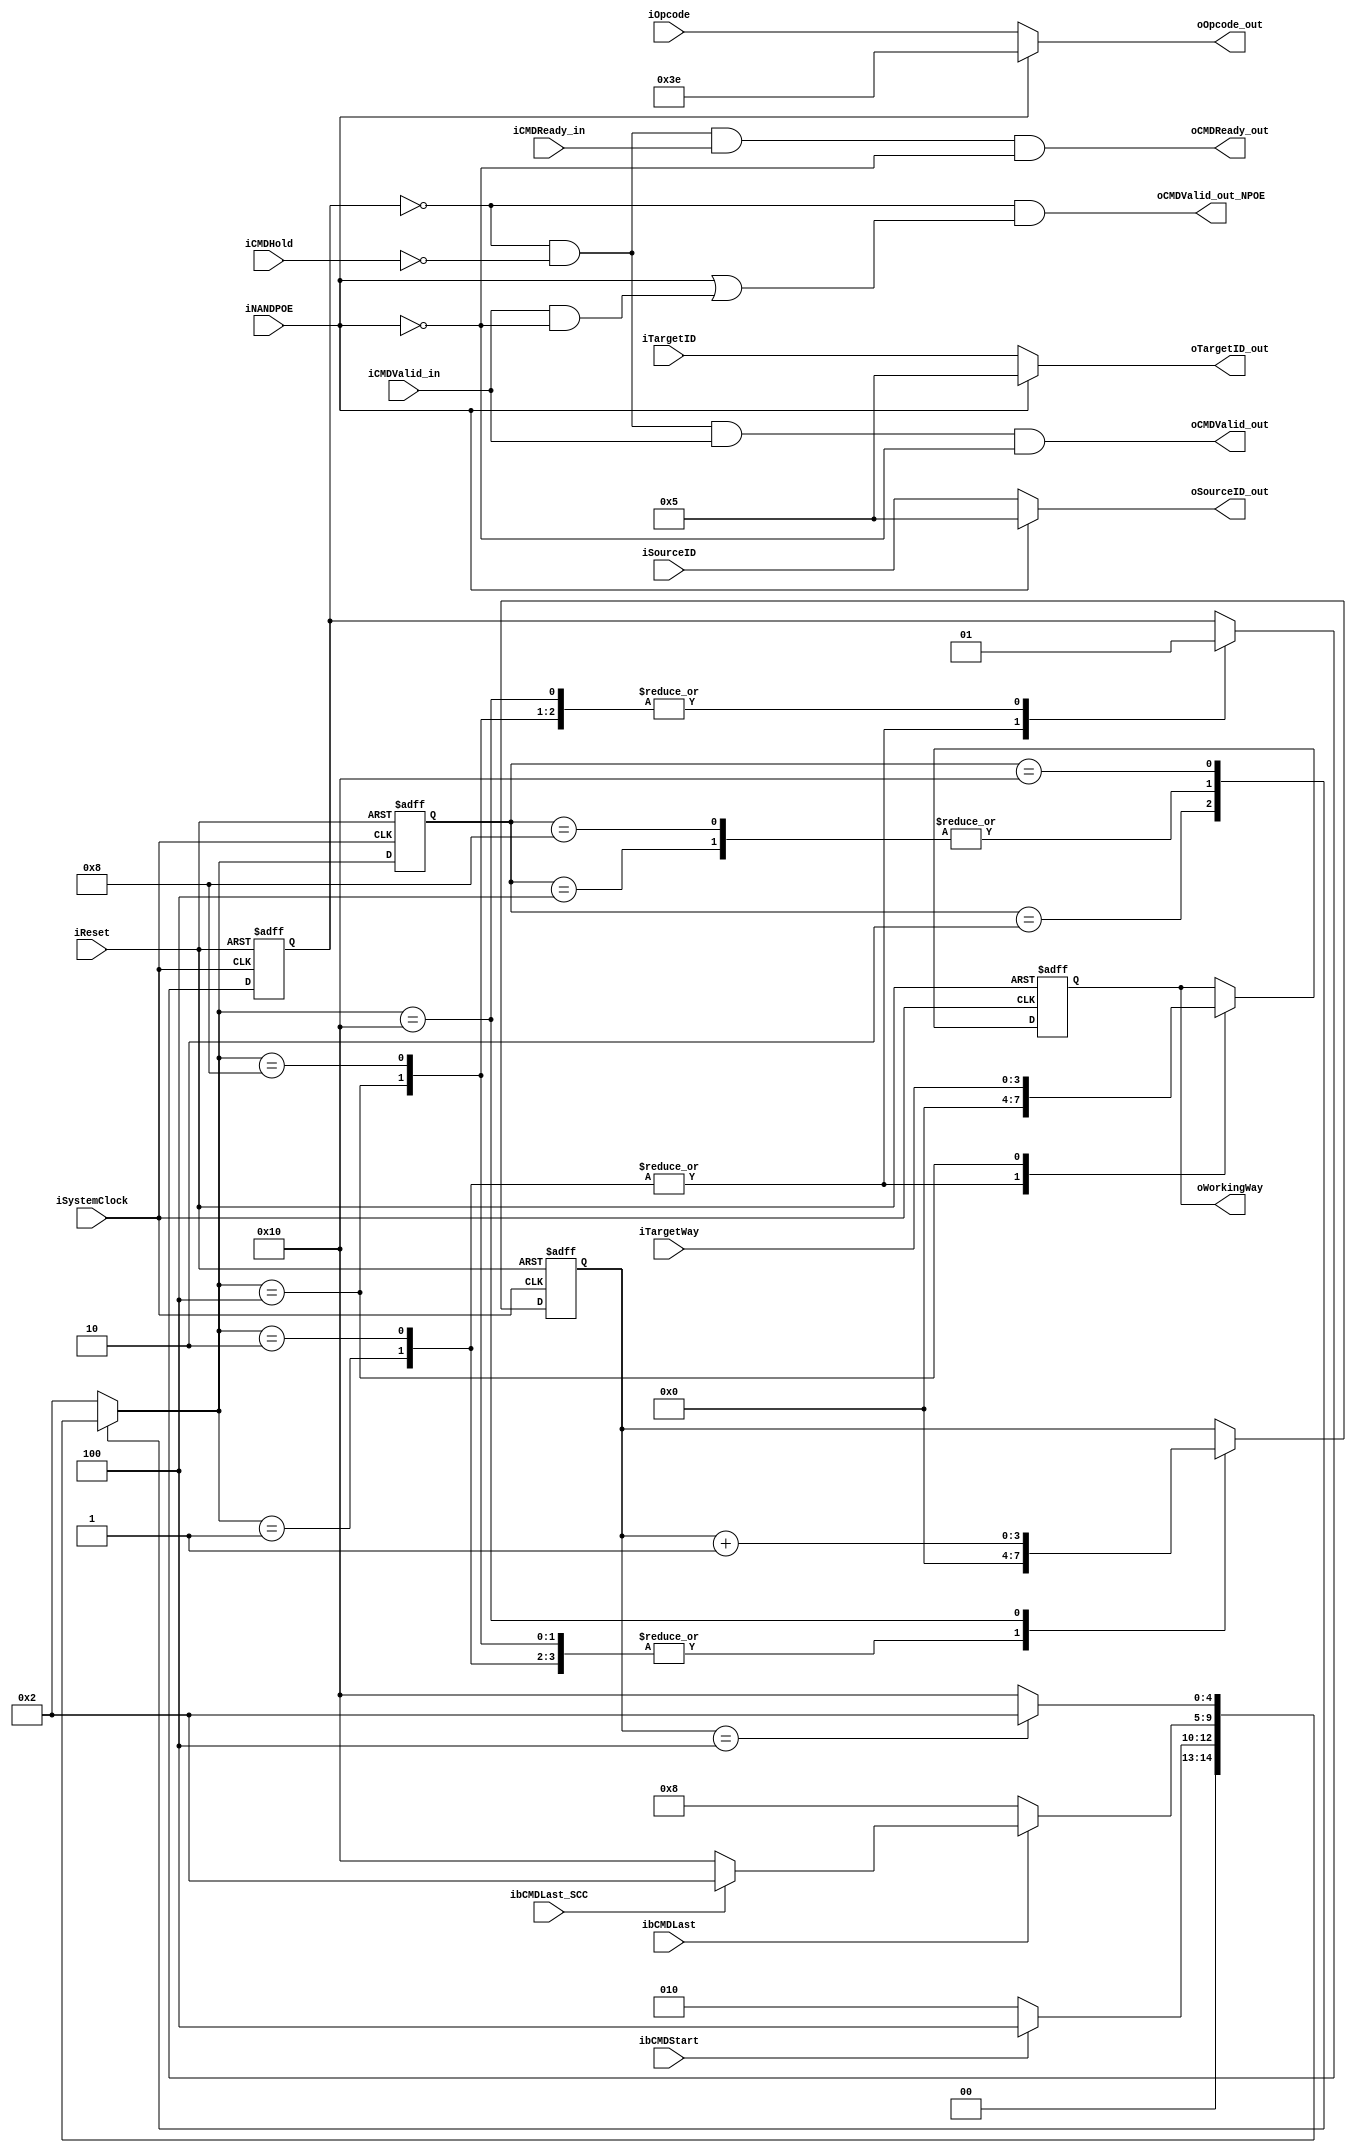
//////////////////////////////////////////////////////////////////////////////////
// NPCG_Toggle_bCMD_manager for Cosmos OpenSSD
// Copyright (c) 2015 Hanyang University ENC Lab.
// Contributed by Ilyong Jung <iyjung@enc.hanyang.ac.kr>
//                Yong Ho Song <yhsong@enc.hanyang.ac.kr>
//
// This file is part of Cosmos OpenSSD.
//
// Cosmos OpenSSD is free software; you can redistribute it and/or modify
// it under the terms of the GNU General Public License as published by
// the Free Software Foundation; either version 3, or (at your option)
// any later version.
//
// Cosmos OpenSSD is distributed in the hope that it will be useful,
// but WITHOUT ANY WARRANTY; without even the implied warranty of
// MERCHANTABILITY or FITNESS FOR A PARTICULAR PURPOSE.
// See the GNU General Public License for more details.
//
// You should have received a copy of the GNU General Public License
// along with Cosmos OpenSSD; see the file COPYING.
// If not, see <http://www.gnu.org/licenses/>. 
//////////////////////////////////////////////////////////////////////////////////

//////////////////////////////////////////////////////////////////////////////////
// Company: ENC Lab. <http://enc.hanyang.ac.kr>
// 
// Project Name: Cosmos OpenSSD
// Design Name: NPCG_Toggle_bCMD_manager
// Module Name: NPCG_Toggle_bCMD_manager
//
// Version: v1.0.0
//
// Description: NFC PCG layer command manager
//
//////////////////////////////////////////////////////////////////////////////////

//////////////////////////////////////////////////////////////////////////////////
// Revision History:
//
// * v1.0.0
//   - first draft
//////////////////////////////////////////////////////////////////////////////////
`timescale 1ns / 1ps

module NPCG_Toggle_bCMD_manager
#
(
    parameter NumberOfWays    =   4
)
(
    iSystemClock        ,
    iReset              ,
    iTargetWay          ,
    ibCMDStart          ,
    ibCMDLast           ,
    ibCMDLast_SCC       ,
    iNANDPOE            ,
    iCMDHold            ,
    iOpcode             ,
    iTargetID           ,
    iSourceID           ,
    oOpcode_out         ,
    oTargetID_out       ,
    oSourceID_out       ,
    iCMDValid_in        ,
    oCMDValid_out_NPOE  ,
    oCMDValid_out       ,
    oCMDReady_out       ,
    iCMDReady_in        ,
    oWorkingWay    
);
    input                           iSystemClock            ;
    input                           iReset                  ;
    input   [NumberOfWays - 1:0]    iTargetWay              ;
    input                           ibCMDStart              ;
    input                           ibCMDLast               ;
    input                           ibCMDLast_SCC           ;
    input                           iNANDPOE                ;
    input                           iCMDHold                ;
    input   [5:0]                   iOpcode                 ;
    input   [4:0]                   iTargetID               ;
    input   [4:0]                   iSourceID               ;
    output  [5:0]                   oOpcode_out             ;
    output  [4:0]                   oTargetID_out           ;
    output  [4:0]                   oSourceID_out           ;
    input                           iCMDValid_in            ;
    output                          oCMDValid_out_NPOE      ;
    output                          oCMDValid_out           ;
    output                          oCMDReady_out           ;
    input                           iCMDReady_in            ;
    output  [NumberOfWays - 1:0]    oWorkingWay             ;
    
    // FSM Parameters/Wires/Regs
    parameter MNG_FSM_BIT = 5; // MaNaGer
    parameter MNG_RESET = 5'b00001;
    parameter MNG_READY = 5'b00010; // Ready
    parameter MNG_START = 5'b00100; // Blocking command start
    parameter MNG_RUNNG = 5'b01000; // Blocking command running
    parameter MNG_bH_Zd = 5'b10000; // Bus high-Z delay
    
    reg     [MNG_FSM_BIT-1:0]       rMNG_cur_state          ;
    reg     [MNG_FSM_BIT-1:0]       rMNG_nxt_state          ;
    
    
    
    // Internal Wires/Regs
    reg     [3:0]                   rbH_ZdCounter           ;
    wire                            wbH_ZdDone              ;
    
    reg     [NumberOfWays - 1:0]    rWorkingWay             ;
    reg                             rCMDBlocking            ;
    
    
    
    // Control Signals
    assign wbH_ZdDone = (rbH_ZdCounter[3:0] == 4'b0100);
    
    
    
    // FSM: MaNaGer (MNG)
    // update current state to next state
    always @ (posedge iSystemClock, posedge iReset) begin
        if (iReset) begin
            rMNG_cur_state <= MNG_RESET;
        end else begin
            rMNG_cur_state <= rMNG_nxt_state;
        end
    end
    
    // deside next state
    always @ ( * ) begin
        case (rMNG_cur_state)
            MNG_RESET: begin
                rMNG_nxt_state <= MNG_READY;
            end
            MNG_READY: begin
                rMNG_nxt_state <= (ibCMDStart)? MNG_START:MNG_READY;
            end
            MNG_START: begin
                rMNG_nxt_state <= (ibCMDLast)? ((ibCMDLast_SCC)? MNG_READY:MNG_bH_Zd):MNG_RUNNG;
            end
            MNG_RUNNG: begin
                rMNG_nxt_state <= (ibCMDLast)? ((ibCMDLast_SCC)? MNG_READY:MNG_bH_Zd):MNG_RUNNG;
            end
            MNG_bH_Zd: begin
                rMNG_nxt_state <= (wbH_ZdDone)? MNG_READY:MNG_bH_Zd;
            end
            default:
                rMNG_nxt_state <= MNG_READY;
        endcase
    end
    
    // state behaviour
    always @ (posedge iSystemClock, posedge iReset) begin
        if (iReset) begin
            rWorkingWay[NumberOfWays - 1:0] <= 0;
            rCMDBlocking                    <= 0;
            
            rbH_ZdCounter[3:0]              <= 0;
        end else begin
            case (rMNG_nxt_state)
                MNG_RESET: begin
                    rWorkingWay[NumberOfWays - 1:0] <= 0;
                    rCMDBlocking                    <= 0;
                    
                    rbH_ZdCounter[3:0]              <= 0;
                end
                MNG_READY: begin
                    rWorkingWay[NumberOfWays - 1:0] <= 0;
                    rCMDBlocking                    <= 0;
                    
                    rbH_ZdCounter[3:0]              <= 0;
                end
                MNG_START: begin
                    rWorkingWay[NumberOfWays - 1:0] <= iTargetWay[NumberOfWays - 1:0];
                    rCMDBlocking                    <= 1'b1;
                    
                    rbH_ZdCounter[3:0]              <= 4'b0000;
                end
                MNG_RUNNG: begin
                    rWorkingWay[NumberOfWays - 1:0] <= rWorkingWay[NumberOfWays - 1:0];
                    rCMDBlocking                    <= 1'b1;
                    
                    rbH_ZdCounter[3:0]              <= 4'b0000;
                end
                MNG_bH_Zd: begin
                    rWorkingWay[NumberOfWays - 1:0] <= rWorkingWay[NumberOfWays - 1:0];
                    rCMDBlocking                    <= 1'b1;
                    
                    rbH_ZdCounter[3:0]              <= rbH_ZdCounter[3:0] + 1'b1;
                end
            endcase
        end
    end
    
    
    
    // Output
    
    assign oCMDValid_out_NPOE   = (~rCMDBlocking) & (iNANDPOE | (iCMDValid_in & (~iNANDPOE)));
    assign oCMDValid_out        = (~rCMDBlocking) & (~iCMDHold) & (iCMDValid_in) & (~iNANDPOE);
    assign oCMDReady_out        = (~rCMDBlocking) & (~iCMDHold) & (iCMDReady_in) & (~iNANDPOE);
    
    assign oOpcode_out[5:0] = (iNANDPOE)? (6'b111110):(iOpcode[5:0]);
    assign oTargetID_out[4:0] = (iNANDPOE)? (5'b00101):(iTargetID[4:0]);
    assign oSourceID_out[4:0] = (iNANDPOE)? (5'b00101):(iSourceID[4:0]);
    
    assign oWorkingWay[NumberOfWays - 1:0] = rWorkingWay[NumberOfWays - 1:0];
    
endmodule